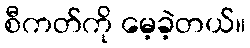
စီကတ်ကို မေ့ခဲ့တယ်။